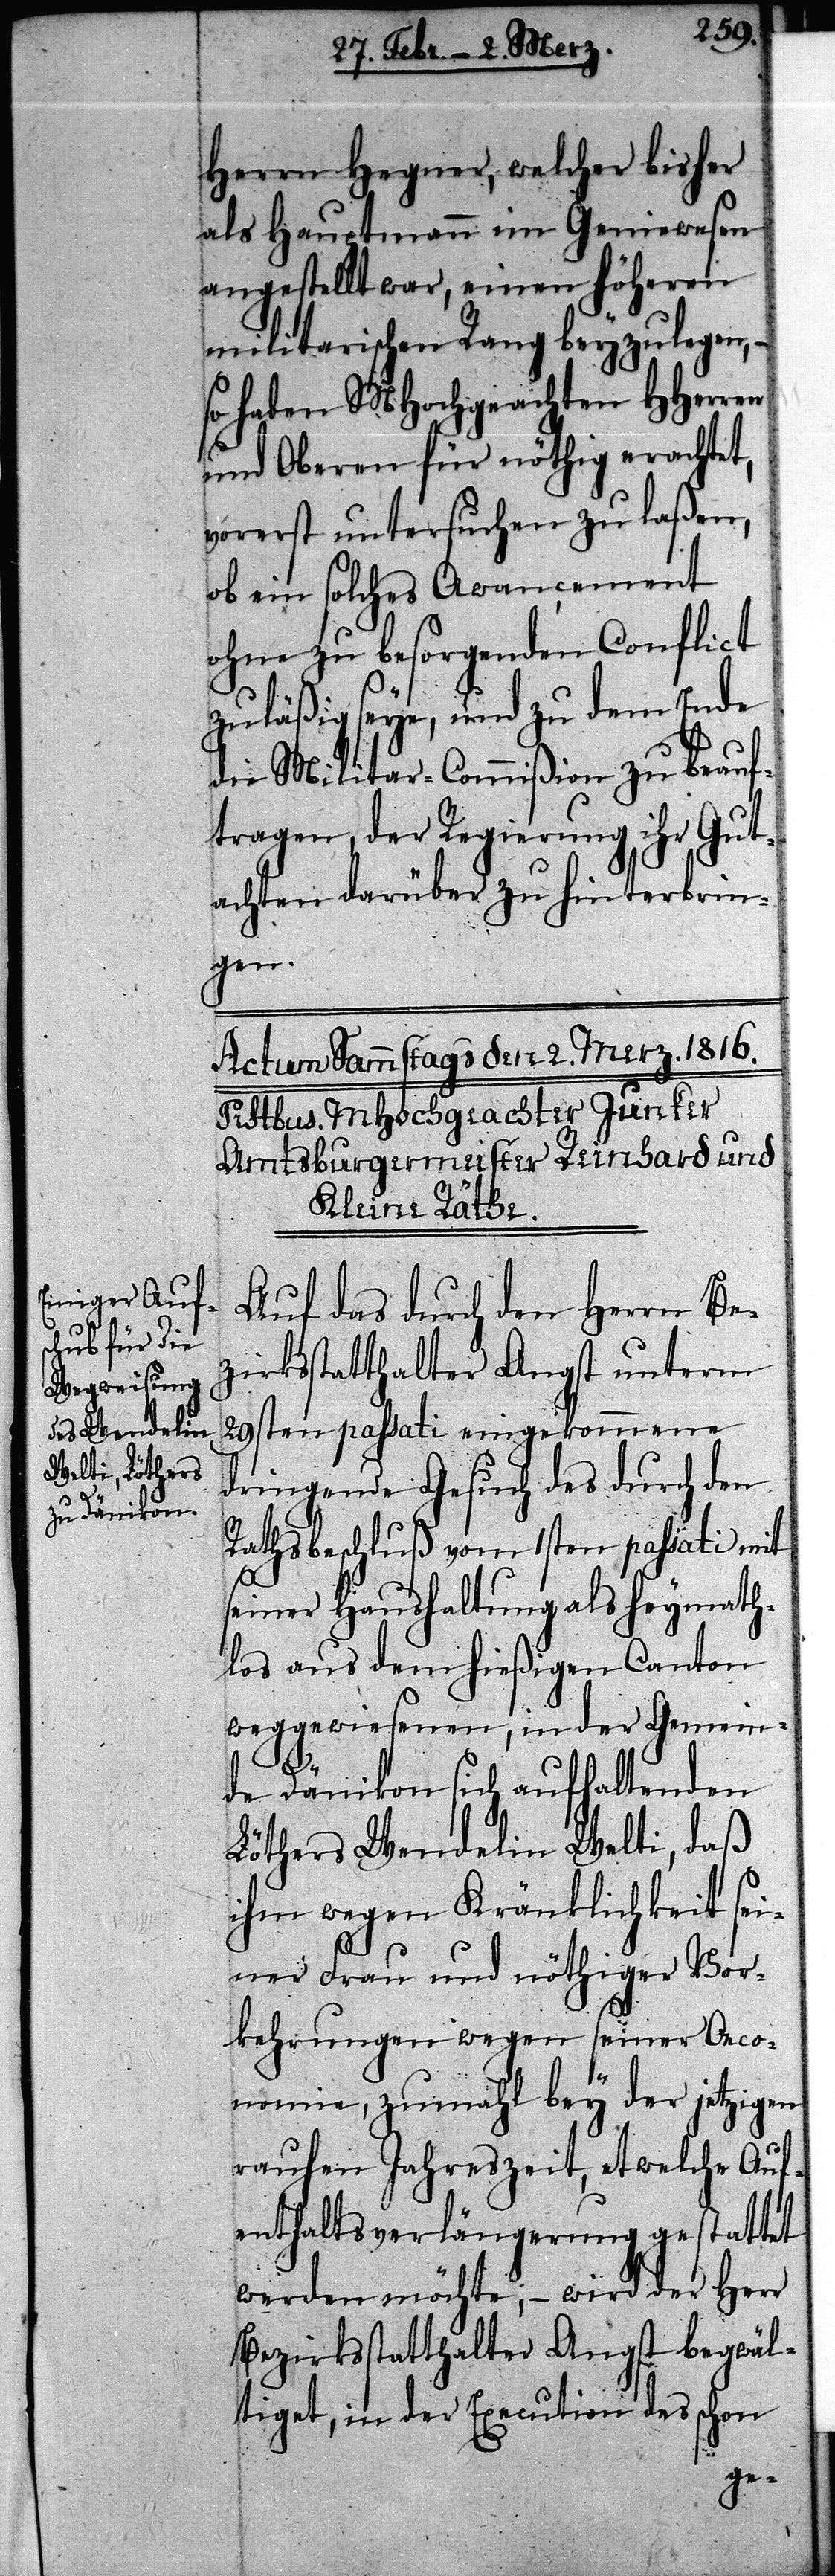
Herrn Hegner, welcher bisher
als Hauptmann im Geniewesen
angestellt war, einen höheren
militarischen Rang beyzulegen, –
so haben MHochgeachten HHerren
und Oberen für nöthig erachtet,
vorerst untersuchen zu laßen,
ob ein solches Awancement
ohne zu besorgenden Conflict
zuläßig seye, und zu dem Ende
die Militar-Commißion zu beauf¬
tragen, der Regierung ihr Gut¬
achten darüber zu hinterbrin¬
gen.
Auf das durch den Herrn Be¬
zirksstatthalter Angst unterm
29sten passati eingekommene
dringende Gesuch des durch den
Rathsbeschluß vom 1sten passati mit
seiner Haushaltung als heymath¬
los aus dem hießigen Canton
weggewiesenen, in der Gemein¬
de Dänikon sich aufhaltenden
Löthers Wendelin Welti, daß
ihm wegen Kränklichkeit sei¬
ner Frau und nöthiger Vor¬
kehrungen wegen seiner Oeco¬
nomie, zumahl bey der jetzigen
rauhen Jahreszeit, etwelche Auf¬
enthaltsverlängerung gestattet
werden möchte, – wird der Herr
Bezirksstatthalter Angst begwäl¬
tiget, in der Execution des schon